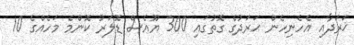
ޚަރަދާއި އެހެނިހެން ޙަރަދުގެ ގޮތުގައި 300 ޔޫއެސް ޑޮލަރު ކޮންމެ މަހެއްގެ 10